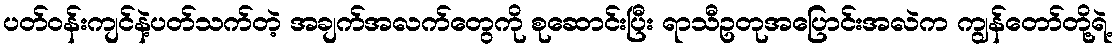
ပတ်ဝန်းကျင်နဲ့ပတ်သက်တဲ့ အချက်အလက်တွေကို စုဆောင်းပြီး ရာသီဥတုအပြောင်းအလဲက ကျွန်တော်တို့ရဲ့